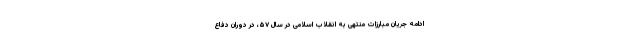
ادامه جریان مبارزات منتهی به انقلاب اسلامی در سال ۵۷، در دوران دفاع